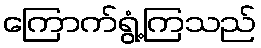
ကြောက်ရွံ့ကြသည်